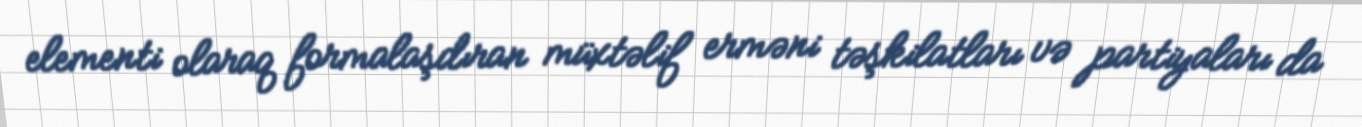
elementi olaraq formalaşdıran müxtəlif erməni təşkilatları və partiyaları da